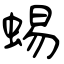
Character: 蝪